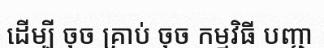
ដើម្បី ចុច គ្រាប់ ចុច កម្មវិធី បញ្ជា